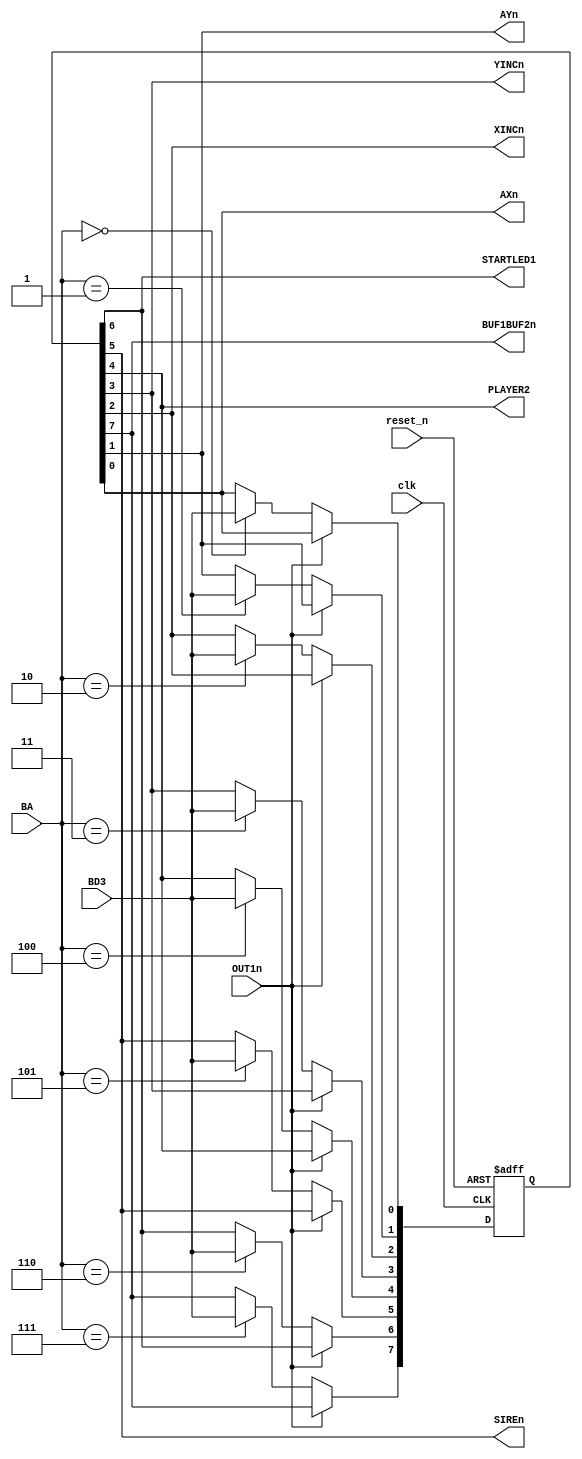
module AutoIncOutput
(
   input reset_n, clk,
   
   input OUT1n, BD3,
   input [2:0] BA, 
    
   output BUF1BUF2n, STARTLED1, 
   output SIREn, PLAYER2,
   output YINCn, XINCn,
   output AYn, AXn
);

reg [7:0] q;
always @(posedge clk or negedge reset_n)        //ic6P
begin
   if (~reset_n)
      q <= #1 8'b00000000;
   else if (~OUT1n)
     case (BA) 
         3'b000: q[0] <= #1 BD3;
         3'b001: q[1] <= #1 BD3;
         3'b010: q[2] <= #1 BD3;
         3'b011: q[3] <= #1 BD3;
         3'b100: q[4] <= #1 BD3;
         3'b101: q[5] <= #1 BD3;
         3'b110: q[6] <= #1 BD3;
         3'b111: q[7] <= #1 BD3;
      endcase 
 end
 
assign BUF1BUF2n = q[7];
assign STARTLED1 = q[6];
assign SIREn = q[5];
assign PLAYER2 = q[4];
assign YINCn = q[3];
assign XINCn = q[2];
assign AYn = q[1];
assign AXn = q[0];
 
endmodule